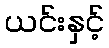
ယင်းနှင့်